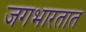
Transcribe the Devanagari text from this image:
जगभारतात